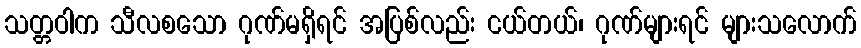
သတ္တဝါက သီလစသော ဂုဏ်မရှိရင် အပြစ်လည်း ငယ်တယ်၊ ဂုဏ်များရင် များသလောက်